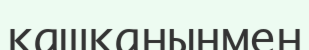
қашқаныңмен